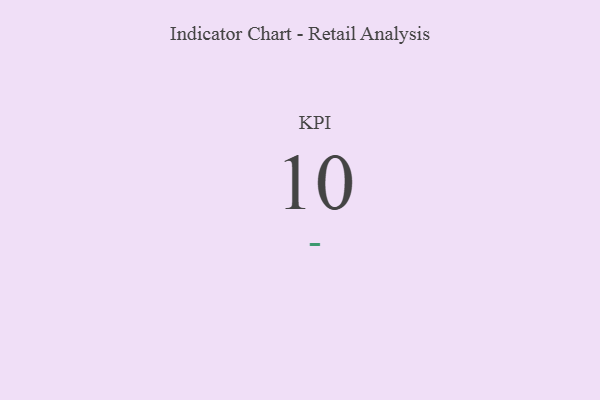
{"axis": {"x": "KPI", "y": "Value"}, "legend": [""], "data": [{"x": "KPI", "y": 10, "type": ""}]}